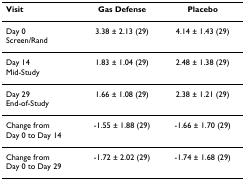
<table><thead><tr><td><b>Visit</b></td><td><b>Gas Defense</b></td><td><b>Placebo</b></td></tr></thead><tbody><tr><td>Day 0Screen/Rand</td><td>3.38 ± 2.13 (29)</td><td>4.14 ± 1.43 (29)</td></tr><tr><td>Day 14Mid-Study</td><td>1.83 ± 1.04 (29)</td><td>2.48 ± 1.38 (29)</td></tr><tr><td>Day 29End-of-Study</td><td>1.66 ± 1.08 (29)</td><td>2.38 ± 1.21 (29)</td></tr><tr><td>Change fromDay 0 to Day 14</td><td>-1.55 ± 1.88 (29)</td><td>-1.66 ± 1.70 (29)</td></tr><tr><td>Change fromDay 0 to Day 29</td><td>-1.72 ± 2.02 (29)</td><td>-1.74 ± 1.68 (29)</td></tr></tbody></table>